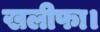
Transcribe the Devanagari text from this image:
खलीफा।